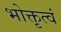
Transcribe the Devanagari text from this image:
भोक्तृत्वं